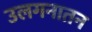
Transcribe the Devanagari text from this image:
उलगनातन